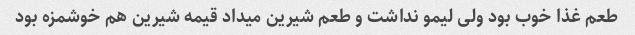
طعم غذا خوب بود ولی لیمو نداشت و طعم شیرین میداد قیمه شیرین هم خوشمزه بود